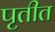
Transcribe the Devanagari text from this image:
पृतीत